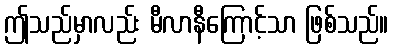
ဤသည်မှာလည်း မီလာနီကြောင့်သာ ဖြစ်သည်။